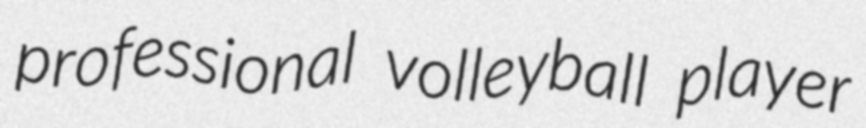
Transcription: professional volleyball player